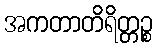
အကတာတိရိတ္တဉ္စ